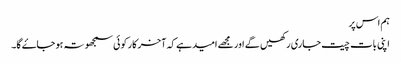
ہم اس پر
اپنی بات چیت جاری رکھیں گے اور مجھے امید ہے کہ آخر کار کوئی سمجھوتہ ہو جاۓ گا۔